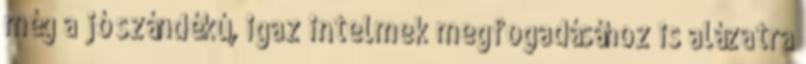
még a jó szándékú, igaz intelmek megfogadásához is alázatra